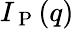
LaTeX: I_{\mathrm{~P~}}(q)